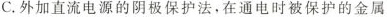
C.外加直流电源的阴极保护法，在通电时被保护的金属